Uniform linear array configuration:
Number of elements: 24
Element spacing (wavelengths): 0.75
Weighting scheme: blackman
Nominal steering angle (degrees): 45
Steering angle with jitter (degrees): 45.449
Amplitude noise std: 0.05
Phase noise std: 0.05

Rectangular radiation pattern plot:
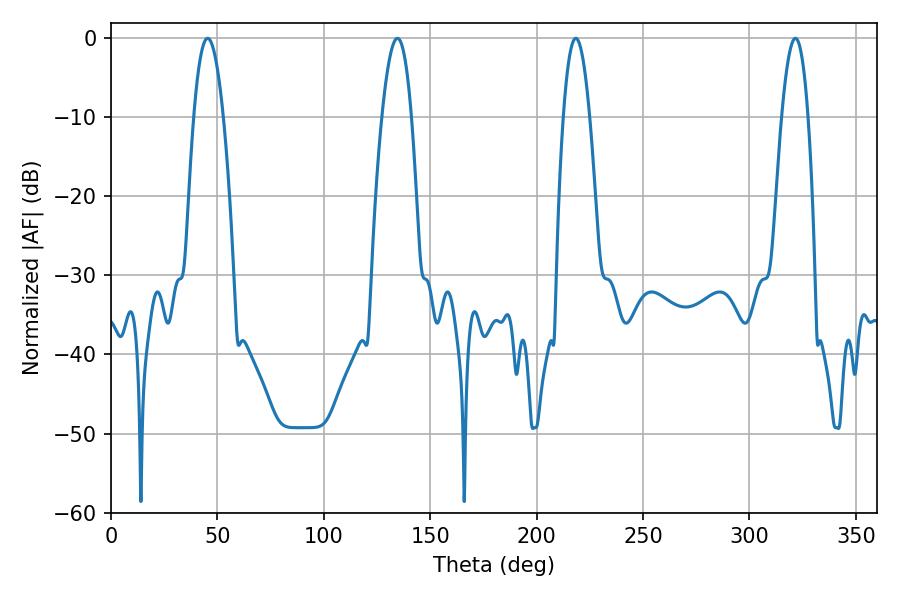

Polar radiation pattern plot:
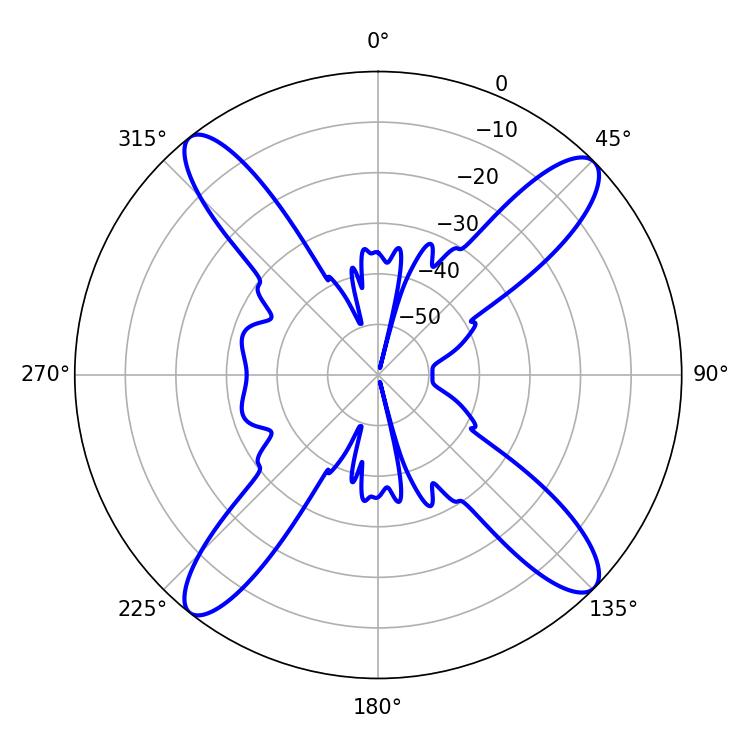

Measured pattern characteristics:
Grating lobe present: TRUE
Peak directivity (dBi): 16.526
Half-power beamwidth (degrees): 7.56
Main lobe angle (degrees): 45.36